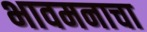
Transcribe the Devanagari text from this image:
भावमनाचा